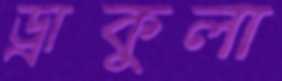
ড্রাকুলা